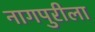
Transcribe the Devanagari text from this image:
नागपुरीला